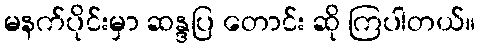
မနက်ပိုင်းမှာ ဆန္ဒပြ တောင်း ဆို ကြပါတယ်။